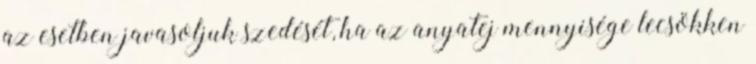
az esetben javasoljuk szedését, ha az anyatej mennyisége lecsökken